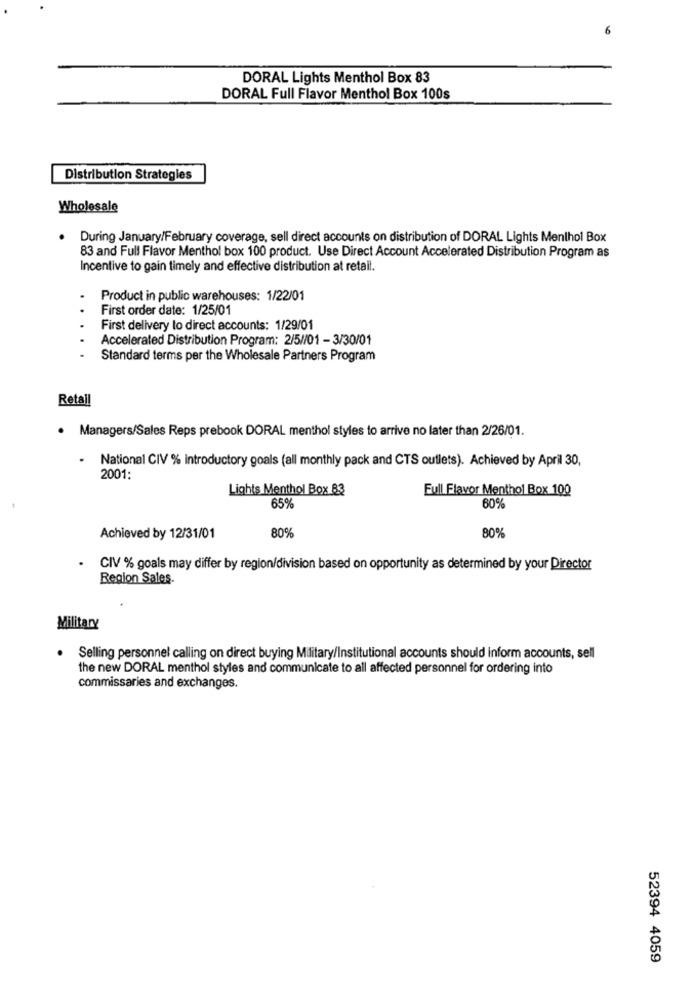
6
DORAL Lights Menthol Box 83
DORAL Full Flavor Menthol Box 100s
Distribution Strategies
Wholesale
During January/February coverage, sell direct accounts on distribution of DORAL Lights Menthol Box
83 and Full Flavor Menthol box 100 product. Use Direct Account Accelerated Distribution Program as
Incentive to gain timely and effective distribution at retail.
Product in public warehouses: 1/22/01
First order date: 1/25/01
.
First delivery to direct accounts: 1/29/01
Accelerated Distribution Program: 2/5//01 - 3/30/01
Standard terms per the Wholesale Partners Program
Retail
· Managers/Sales Reps prebook DORAL menthol styles to arrive no later than 2/26/01.
- National CIV % introductory goals (all monthly pack and CTS outlets). Achieved by April 30,
2001:
Lights Menthol Box 83
Full Flavor Menthol Box 100
60%
65%
80%
Achieved by 12/31/01
80%
CIV % goals may differ by region/division based on opportunity as determined by your Director
Region Sales.
Military
Selling personnel calling on direct buying Military/Institutional accounts should inform accounts, sell
the new DORAL menthol styles and communicate to all affected personnel for ordering into
commissaries and exchanges.
52394 4059